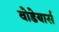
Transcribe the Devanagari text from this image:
वोडेयार्स